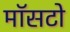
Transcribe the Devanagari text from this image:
मॉसटो